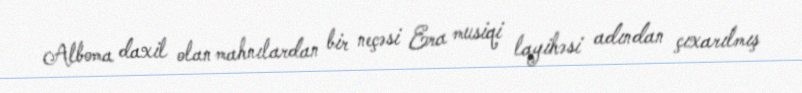
Alboma daxil olan mahnılardan bir neçəsi Era musiqi layihəsi adından çıxarılmış